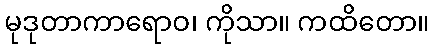
မုဒုတာကာရောဝ၊ ကိုသာ။ ကထိတော။